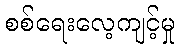
စစ်ရေးလေ့ကျင့်မှု